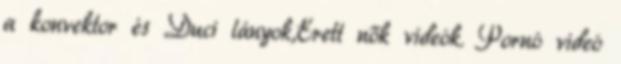
a konvektor és Duci lányok,Érett nők videók. Pornó videó